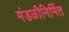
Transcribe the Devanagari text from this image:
मंडळीनिर्मित